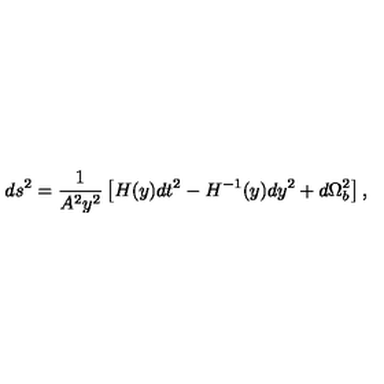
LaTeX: d s ^ { 2 } = \frac { 1 } { A ^ { 2 } y ^ { 2 } } \left[ H ( y ) d t ^ { 2 } - H ^ { - 1 } ( y ) d y ^ { 2 } + d \Omega _ { b } ^ { 2 } \right] ,